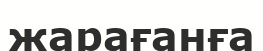
жарағанға